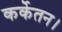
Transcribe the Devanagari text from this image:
कर्केतन।